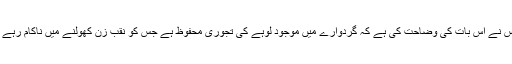
پولیس نے اس بات کی وضاحت کی ہے کہ گردوارے میں موجود لوہے کی تجوری محفوظ ہے جس کو نقب زن کھولنے میں ناکام رہے ہیں۔